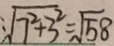
: \sqrt { 7 ^ { 2 } + 3 ^ { 2 } } = \sqrt { 5 8 }